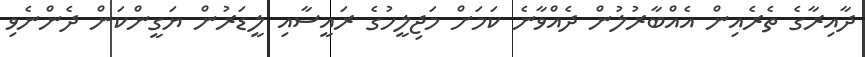
ދާއިރާގެ ތެރެއިން އެއްބާރުލުން ދެއްވާނެ ކަމަށް މަޖިލީހުގެ ރައީސާއި ލީޑަރުން ޔަގީންކަން ދެންނެވި